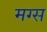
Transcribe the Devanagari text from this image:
मग्स